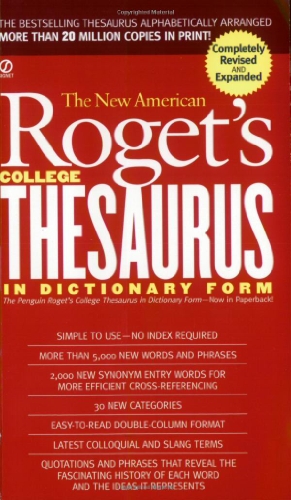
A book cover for New American Roget's College Thesaurus in Dictionary Form (Revised & Updated); Philip D. Morehead; Reference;